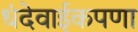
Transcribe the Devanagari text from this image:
धंदेवाईकपणा